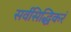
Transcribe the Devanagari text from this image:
सर्वसिद्धिकरं